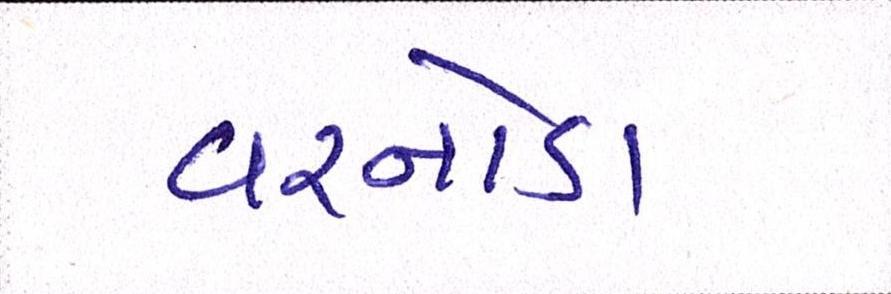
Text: વરનોડા